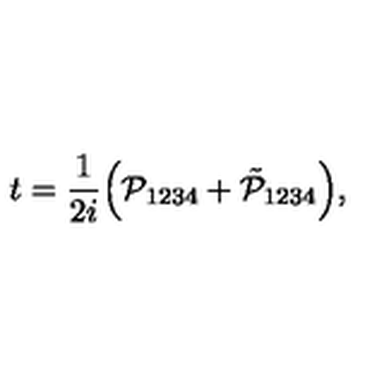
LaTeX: t = \frac { 1 } { 2 i } \Big ( \mathcal P _ { 1 2 3 4 } + \tilde { \mathcal { P } } _ { 1 2 3 4 } \Big ) ,